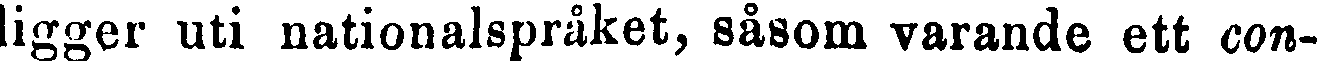
ligger uti nationalspråket, såsom varande ett con-